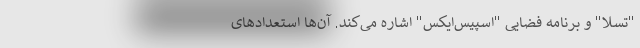
"تسلا" و برنامه فضایی "اسپیس‌ایکس" اشاره می‌کند. آن‌ها استعدادهای